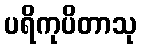
ပရိကုပိတာသု